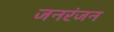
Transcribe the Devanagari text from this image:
जनरंजन